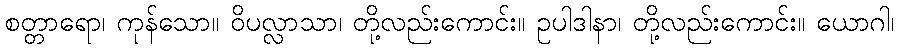
စတ္တာရော၊ ကုန်သော။ ဝိပလ္လာသာ၊ တို့လည်းကောင်း။ ဥပါဒါနာ၊ တို့လည်းကောင်း။ ယောဂါ၊